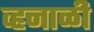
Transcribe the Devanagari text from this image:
व्हनाळी